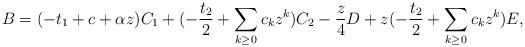
LaTeX: \begin{align*}B= ( -t_{1} + c+ \alpha z) C_{1}+ ( -\frac{t_{2}}{2} + \sum_{k\geq 0} c_{k} z^{k})C_{2} -\frac{z}{4}D + z(-\frac{t_{2}}{2} +\sum_{k\geq 0} c_{k} z^{k}) E,\end{align*}